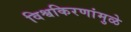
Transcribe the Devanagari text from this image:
विश्वकिरणांमुळे